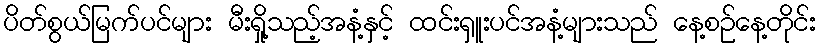
ပိတ်စွယ်မြက်ပင်များ မီးရှို့သည့်အနံ့နှင့် ထင်းရှူးပင်အနံ့များသည် နေ့စဉ်နေ့တိုင်း